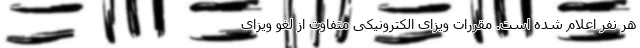
هر نفر اعلام شده است. مقررات ویزای الکترونیکی متفاوت از لغو ویزای